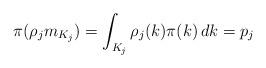
LaTeX: \begin{align*}\pi(\rho_j m_{K_j})=\int_{K_j}\rho_j(k)\pi(k)\,dk=p_j\end{align*}